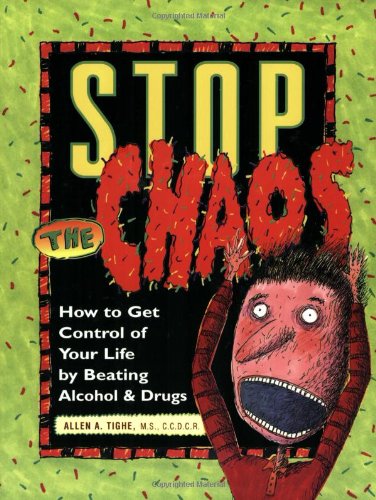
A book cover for Stop the Chaos Workbook: How to Get Control of Your Life by Beating Alcohol and Drugs; Allen A Tighe M.S.; Health, Fitness & Dieting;